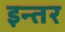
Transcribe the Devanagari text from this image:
इन्तर